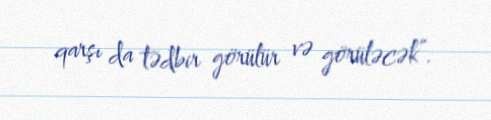
qarşı da tədbir görülür və görüləcək”.